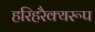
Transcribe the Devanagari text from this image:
हरिहरैक्यरूप